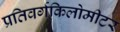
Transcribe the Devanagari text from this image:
प्रतिवर्गकिलोमीटर